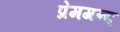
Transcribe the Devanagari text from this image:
प्रेमगन्द